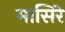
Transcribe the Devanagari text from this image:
मासिरे